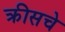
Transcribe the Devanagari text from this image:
क्रीसचे